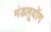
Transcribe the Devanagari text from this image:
मंडलूयोंग